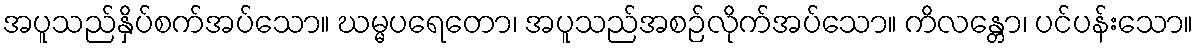
အပူသည်နှိပ်စက်အပ်သော။ ဃမ္မပရေတော၊ အပူသည်အစဉ်လိုက်အပ်သော။ ကိလန္တော၊ ပင်ပန်းသော။